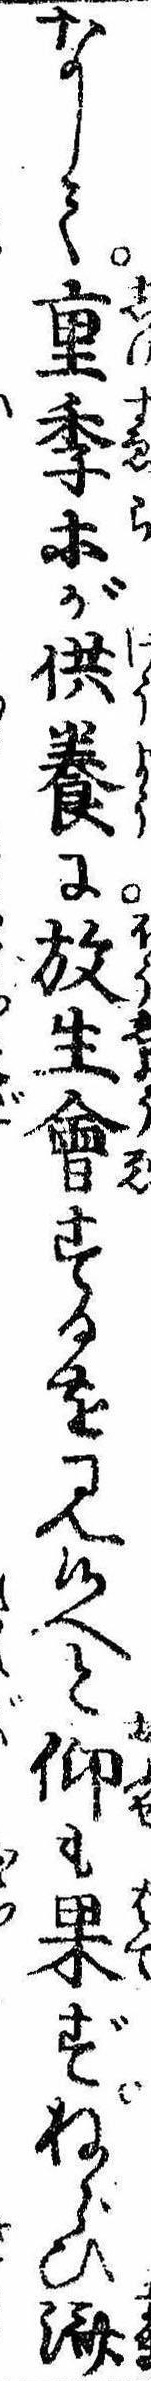
なして重季等が供養に放生会するを見候へと仰も果ずねらひ済